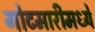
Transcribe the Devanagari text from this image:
गोटमारीमध्ये